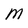
Character: M